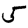
Digit: 5